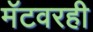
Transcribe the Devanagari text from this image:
मॅटवरही